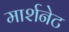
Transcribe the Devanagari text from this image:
मार्शनेट